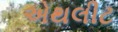
એથલીટ